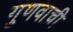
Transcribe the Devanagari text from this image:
गुणवाची